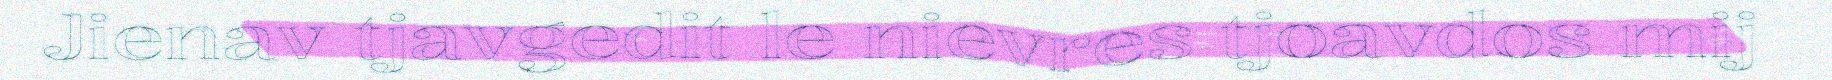
Jienav tjavgedit le nievres tjoavdos mij